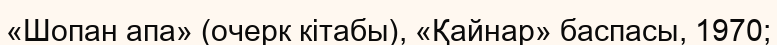
«Шопан апа» (очерк кітабы), «Қайнар» баспасы, 1970;